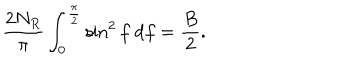
\frac { 2 N _ { R } } { \pi } \int _ { 0 } ^ { \frac { \pi } { 2 } } \sin ^ { 2 } f ~ \mathrm { d } f = \frac { B } { 2 } .